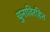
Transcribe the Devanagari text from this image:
चुनाविरहित